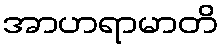
အာဟရာမာတိ